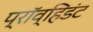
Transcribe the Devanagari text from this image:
प्रॉव्हिडंट